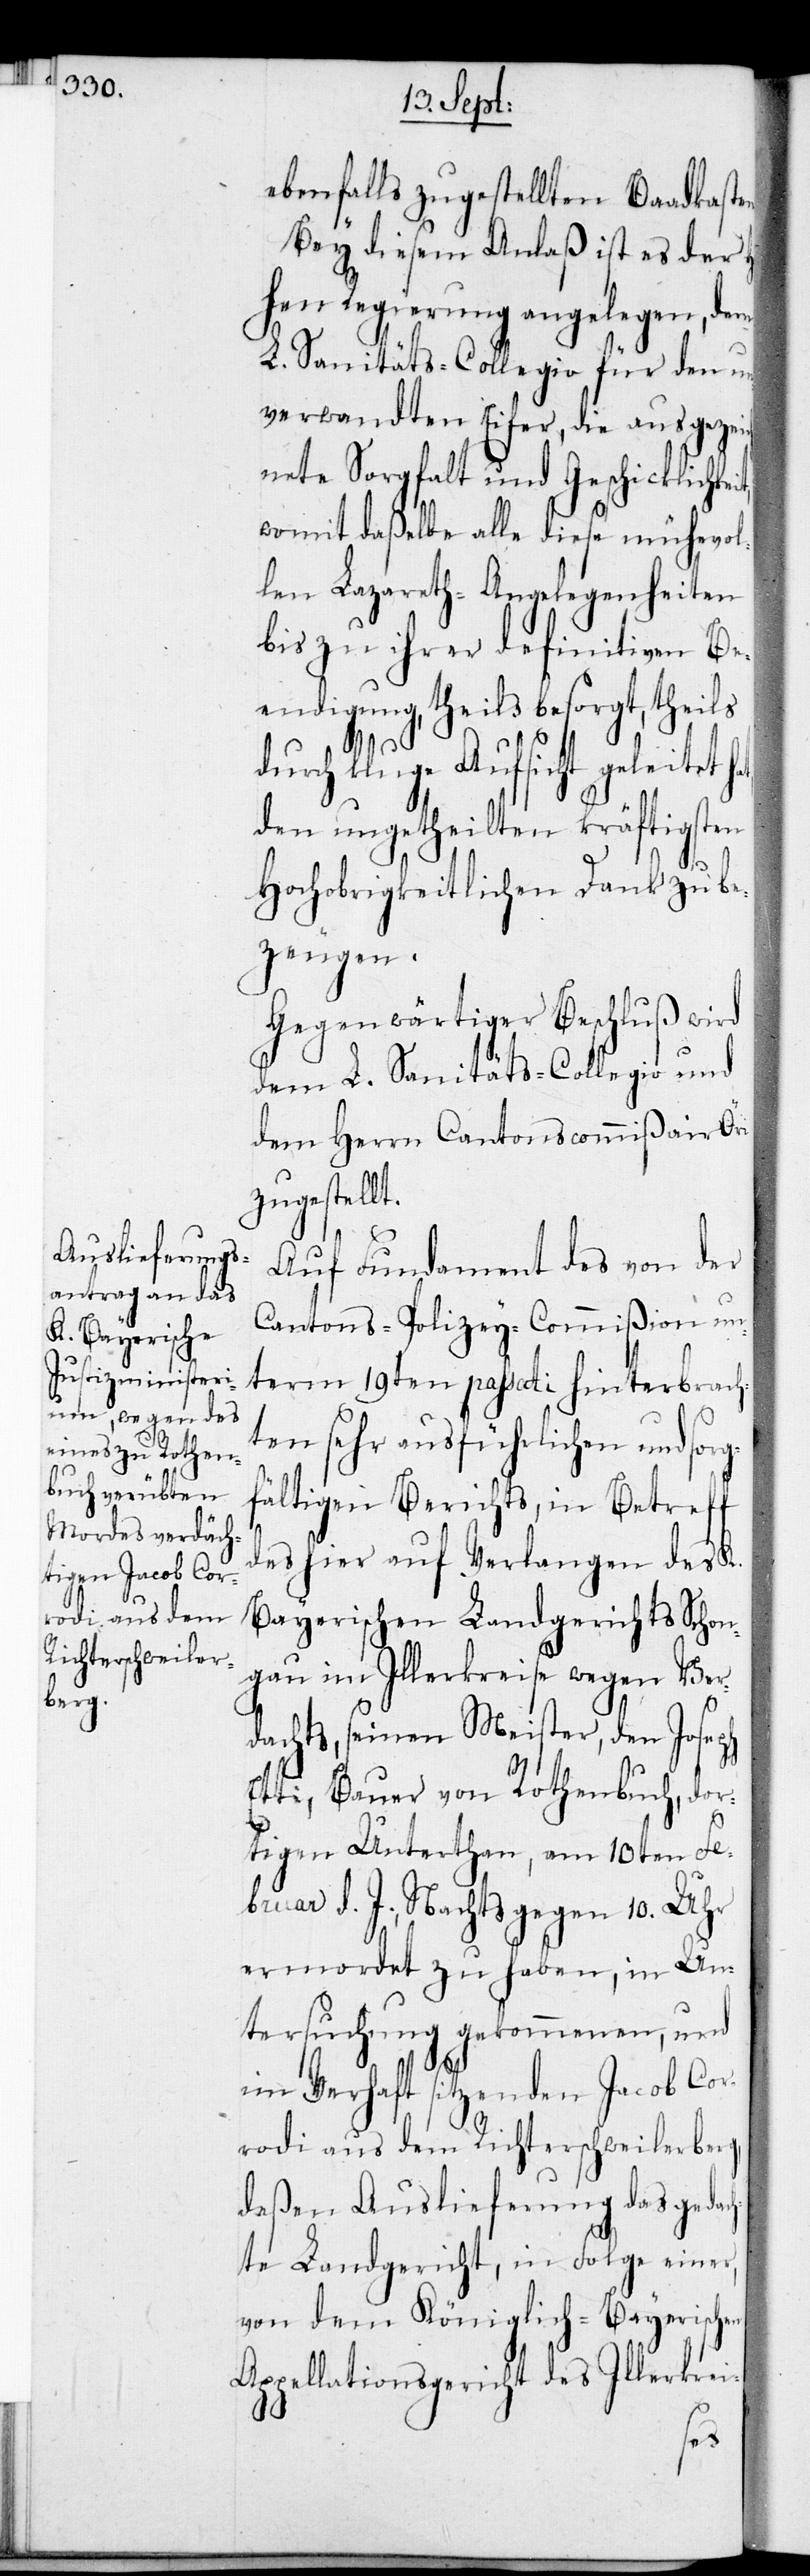
ebenfalls zugestellten Baadkaste¬
Bey diesem Anlaß ist es der Ho¬
hen Regierung angelegen, dem
L. Sanitäts-Collegio für den un¬
verwandten Eifer, die ausgezeic¬
hnete Sorgfalt und Geschicklichkeit,
womit daßelbe alle diese mühevol¬
len Lazareth-Angelegenheiten
bis zu ihrer definitiven Be¬
endigung, theils besorgt, theils
n.
durch kluge Aufsicht geleitet
den ungetheilten kräftigsten
Hochobrigkeitlichen Dank zu be¬
zeugen.
Gegenwärtiger Beschluß wird
dem L. Sanitäts-Collegio und
dem Herrn Cantonscommißair Öri
zugestellt.
Auf Fundament des von der
Cantons-Polizey-Commißion un¬
term 19ten passati hinterbrach¬
ten sehr ausführlichen und sorg¬
fältigen Berichts, in Betreff
des hier auf Verlangen des K.
Bayerischen Landgerichts Schon¬
gau im Illerkreise wegen Ver¬
dachts, seinen Meister, den Joesph
Etti, Bauer von Rothenbuch, dor¬
tigen Unterthan, am 10ten Fe¬
bruar d. J. Nachts gegen 10. Uhr
ermordet zu haben, in Un¬
tersuchung gekommenen, und
im Verhaft sitzenden Jacob Cor¬
rodi aus dem Richterschweilerberg,
deßen Auslieferung das gedac¬
hte Landgericht, in Folge einer,
von dem Königlich-Bayerischen
Appellationsgericht des Illerkrei-